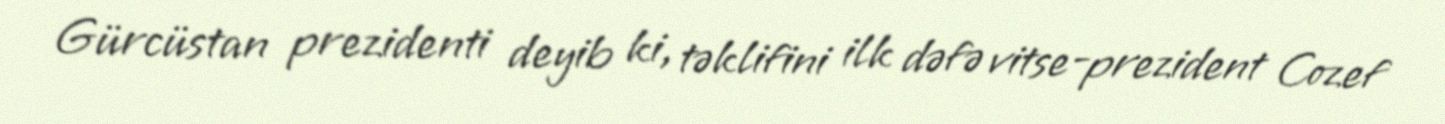
Gürcüstan prezidenti deyib ki, təklifini ilk dəfə vitse-prezident Cozef